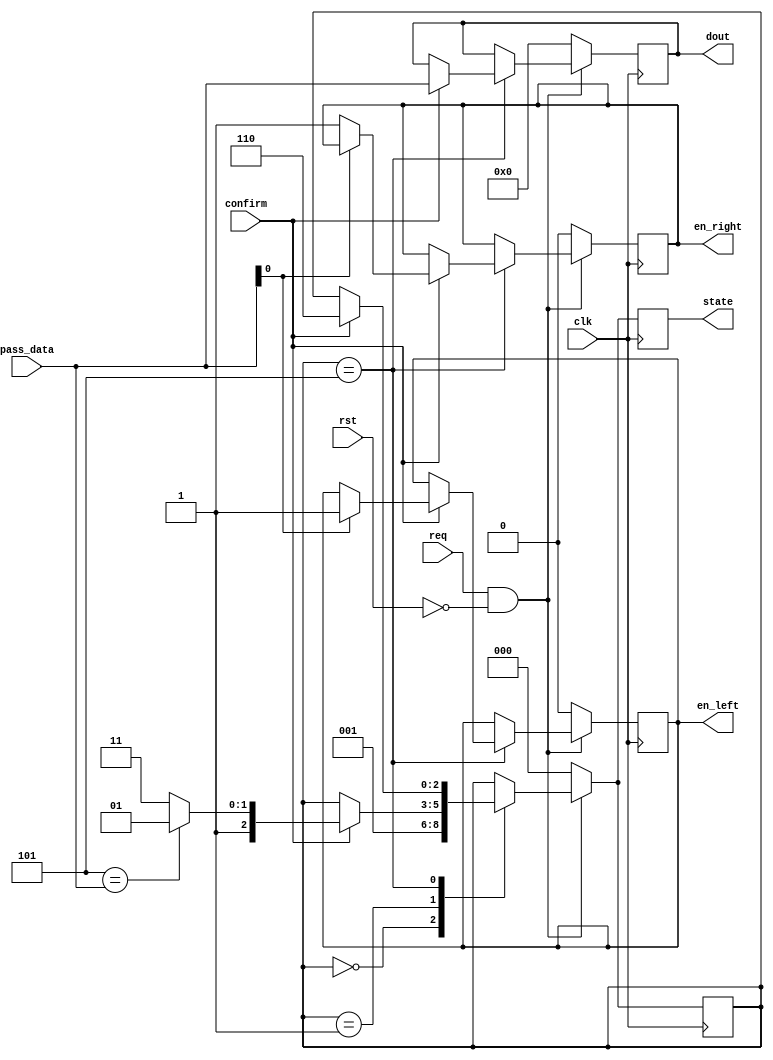
/*--  *******************************************************
--  Computer Architecture Course, Laboratory Sources 
--  Amirkabir University of Technology (Tehran Polytechnic)
--  Department of Computer Engineering (CE-AUT)
--  https://ce[dot]aut[dot]ac[dot]ir
--  *******************************************************
--  All Rights reserved (C) 2019-2020
--  *******************************************************
--  Student ID  : 9829039	
--  Student Name: Pouya Mohammadi
--  Student Mail: pouyamohammadyirbu@gmail.com
--  *******************************************************
--  Additional Comments:
--
--	Teamate information:
--	Mehran Aksari
--	9831007
--*/


`timescale 1ns / 1ps
module FSM (
	input            rst ,
	input            req ,
	input            clk ,
	input            confirm ,
	input      [3:0] pass_data ,
	output reg       en_left ,
	output reg       en_right ,
	output reg [3:0] dout,
	output reg [2:0] state 
);

reg [2:0] present = 3'b000;
wire [3:0] pass = 4'b0101;

always @( posedge clk ) begin
	if (req && ~rst ) begin
		case(present) 
			3'b000 : present = 3'b001;
			3'b001 : if (confirm) begin
							present = ((pass == pass_data)? 3'b101 : 3'b111 );
						end
			3'b101 : if (confirm) begin
							if (pass_data[0] == 0) en_right = 1'b1;
							else en_left = 1'b1;
							dout = pass_data;
							present = 3'b110;
						end
		endcase
	end
	else begin
		present = 3'b000;
		en_right = 0;
		en_left = 0;
		dout = 4'b0000;
	end
	state = present;		
end
	
	


endmodule